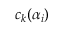
c _ { k } ( \alpha _ { i } )